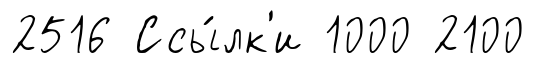
2516 Ссы́лк'и 1000 2100